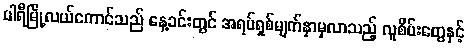
ပါရီမြို့လယ်ကောင်သည် နေ့ခင်းတွင် အရပ်ရှစ်မျက်နှာမှလာသည့် လူစိမ်းတွေနှင့်